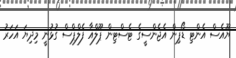
ޔޫއެސް އެންޓި ޑޯޕިން އެޖެންސީގެ ޓެސްޓިން ޕޫލްއާ ފެލްޕްސް ގުޅުނީ މިދިޔަ އަހަރު